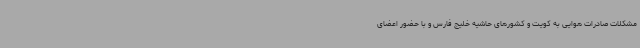
مشکلات صادرات هوایی به کویت و کشورهای حاشیه خلیج فارس و با حضور اعضای